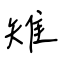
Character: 雉